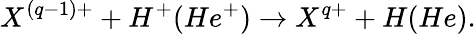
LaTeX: X^{(q-1)+}+H^{+}(He^{+})\rightarrow X^{q+}+H(He).